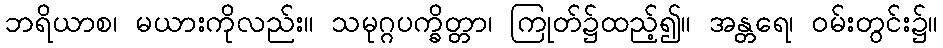
ဘရိယာစ၊ မယားကိုလည်း။ သမုဂ္ဂပက္ခိတ္တာ၊ ကြုတ်၌ထည့်၍။ အန္တရေ၊ ဝမ်းတွင်း၌။